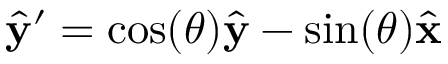
\hat { \mathbf { y } } ^ { \prime } = \cos ( \theta ) \hat { \mathbf { y } } - \sin ( \theta ) \hat { \mathbf { x } }